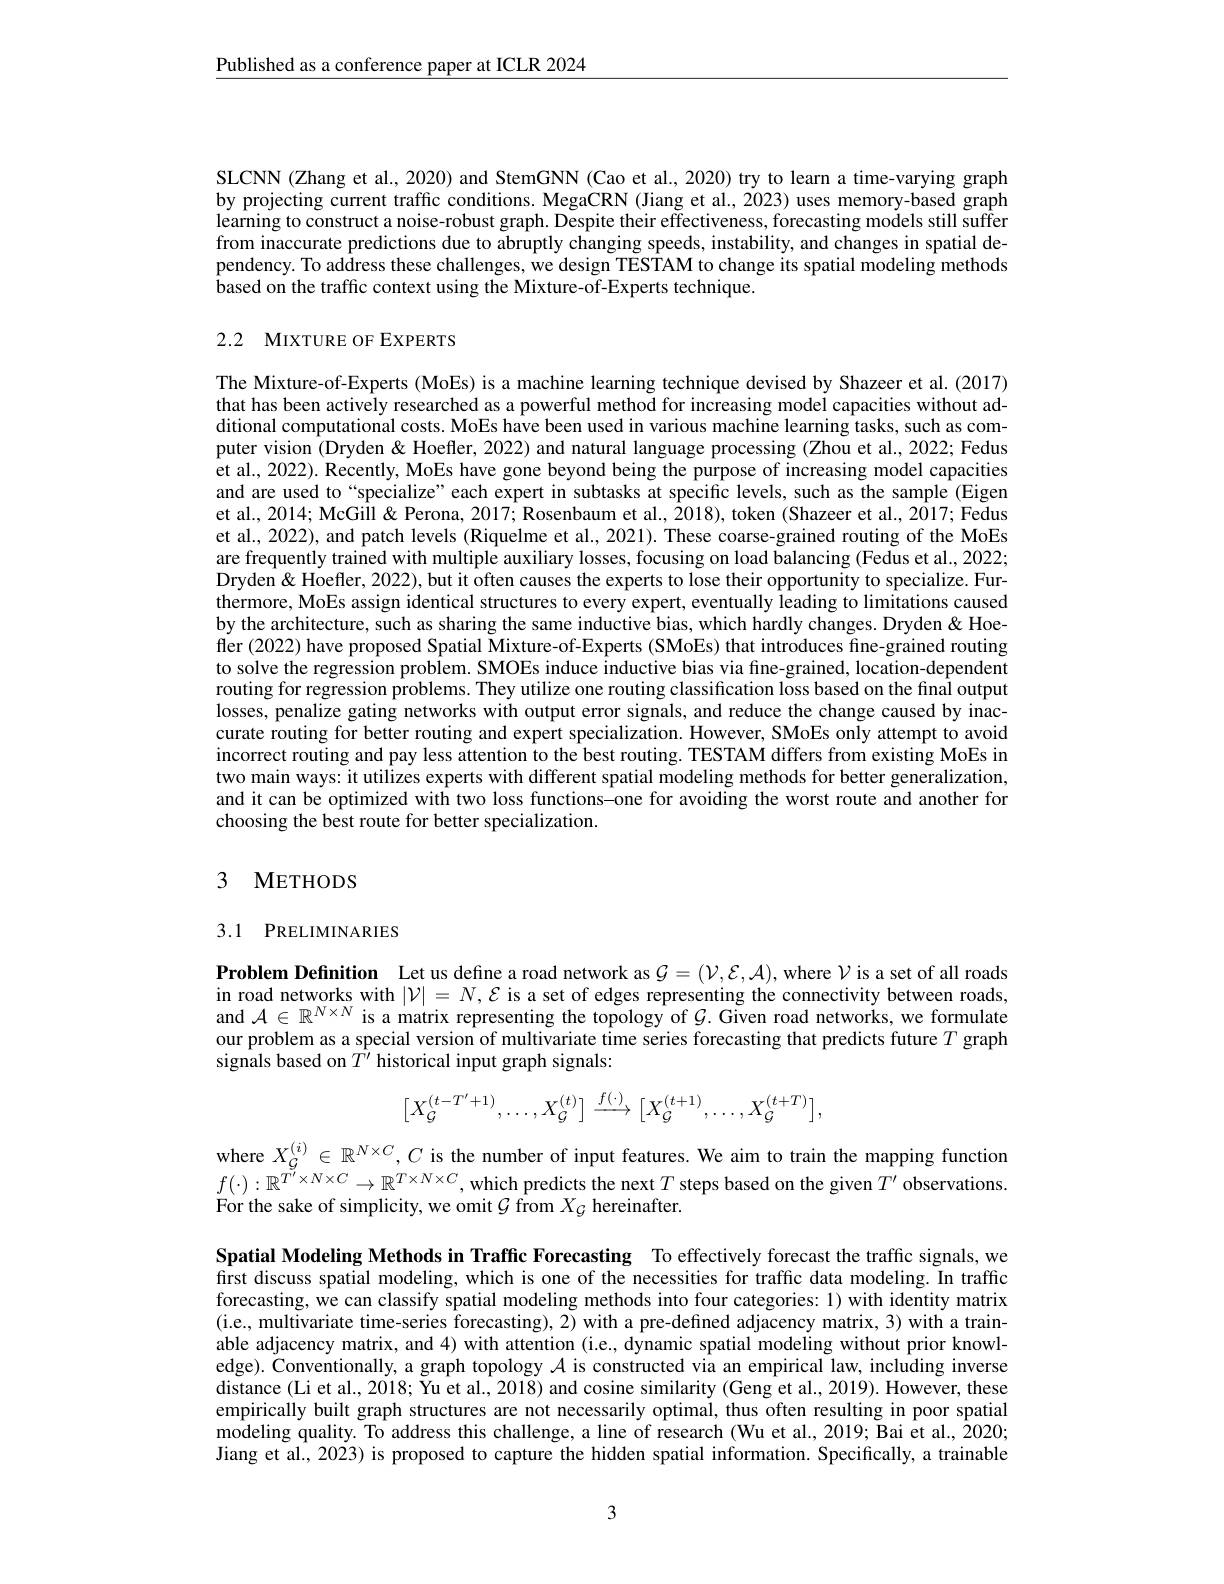
$\underline{\text{Published as a conference paper at ICLR 2024}}$

SLCNN (Zhang et al., 2020) and StemGNN (Cao et al., 2020) try to learn a time-varying graph by projecting current traffic conditions. MegaCRN (Jiang et al., 2023) uses memory-based graph learning to construct a noise-robust graph. Despite their effectiveness, forecasting models still suffer from inaccurate predictions due to abruptly changing speeds, instability, and changes in spatial dependency. To address these challenges, we design TESTAM to change its spatial modeling methods based on the traffic context using the Mixture-of-Experts technique.

## 2.2 MIXTURE OF EXPERTS

The Mixture-of-Experts (MoEs) is a machine learning technique devised by Shazeer et al. (2017) that has been actively researched as a powerful method for increasing model capacities without additional computational costs. MoEs have been used in various machine learning tasks, such as computer vision $\hat{\text{Dryden}}$ &Hoefler, 2022) and natural language processing (Zhou et al., 2022; Fedus et al., 2022). Recently, MoEs have gone beyond being the purpose of increasing model capacities and are used to “specialize”each expert in subtasks at specific levels, such as the sample (Eigen et al., 2014; McGill & Perona, 2017; Rosenbaum et al., 2018), token (Shazeer et al., 2017; Fedus et al., 2022), and patch levels (Riquelme et al., 2021). These coarse-grained routing of the MoEs are frequently trained with multiple auxiliary losses, focusing on load balancing (Fedus et al., 2022; Dryden& Hoefler, 2022), but it often causes the experts to lose their opportunity to specialize. Furthermore, MoEs assign identical structures to every expert, eventually leading to limitations caused by the architecture, such as sharing the same inductive bias, which hardly changes. Dryden& Hoefler (2022) have proposed Spatial Mixture-of-Experts (SMoEs) that introduces fine-grained routing to solve the regression problem. SMOEs induce inductive bias via fine-grained, location-dependent routing for regression problems. They utilize one routing classification loss based on the final output losses, penalize gating networks with output error signals, and reduce the change caused by inaccurate routing for better routing and expert specialization. However, SMoEs only attempt to avoid incorrect routing and pay less attention to the best routing. TESTAM differs from existing MoEs in two main ways: it utilizes experts with different spatial modeling methods for better generalization, and it can be optimized with two loss functions-one for avoiding the worst route and another for choosing the best route for better specialization.

### 3 METHODS

### 3.1 PRELIMINARIES

Problem Definition Let us define a road network as $\mathcal{G}=(\mathcal{V},\mathcal{E},\mathcal{A})$, where $\mathcal{V}$ is a set of all roads in road networks with $|\mathcal{V}|=N,\mathcal{E}$ is a set of edges representing the connectivity between roads, and $\mathcal{A}\in\mathbb{R}^{N\times N}$ is a matrix representing the topology of $\mathcal{G}.$ Given road networks, we formulate our problem as a special version of multivariate time series forecasting that predicts future $T$ graph signals based on $T^{\prime}$ historical input graph signals:
$$\begin{bmatrix}X_{\mathcal{G}}^{(t-T'+1)},\dots,X_{\mathcal{G}}^{(t)}\end{bmatrix}\xrightarrow{f(\cdot)}\begin{bmatrix}X_{\mathcal{G}}^{(t+1)},\dots,X_{\mathcal{G}}^{(t+T)}\end{bmatrix},$$
where $X_{\mathcal{G}^{(i)}}\in\mathbb{R}^{N\times C},C$ is the number of input features. We aim to train the mapping function $f(\cdot):\mathbb{R}^{T^{\prime}\times N\times C}\to\mathbb{R}^{T\times N\times C}$,which predicts the next$T$ steps based on the given $T^\prime$ observations. For the sake of simplicity, we omit $\mathcal{G}$ from $X_{\mathcal{G}}$ hereinafter.

Spatial Modeling Methods in Traffic Forecasting To effectively forecast the traffic signals, we first discuss spatial modeling, which is one of the necessities for traffic data modeling. In traffic forecasting, we can classify spatial modeling methods into four categories: 1) with identity matrix (i.e., multivariate time-series forecasting), 2) with a pre-defined adjacency matrix, 3) with a trainable adjacency matrix, and 4) with attention (i.e., dynamic spatial modeling without prior knowledge). Conventionally, a graph topology $\mathcal{A}$ is constructed via an empirical law, including inverse distance (Li et al., 2018; Yu et al., 2018) and cosine similarity (Geng et al., 2019). However, these empirically built graph structures are not necessarily optimal, thus often resulting in poor spatial $\hat{\text{modeling quality. To address this challenge, a line of research (Wu et al., 2019; Bai et al., 2020;}}$ Jiang et al., 2023) is proposed to capture the hidden spatial information. Specifically, a trainable

3